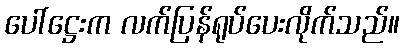
ပေါ်ဋ္ဌေးက လက်ပြန်ရုပ်ပေးလိုက်သည်။